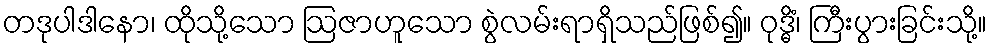
တဒုပါဒါနော၊ ထိုသို့သော ဩဇာဟူသော စွဲလမ်းရာရှိသည်ဖြစ်၍။ ဝုဒ္ဓိံ၊ ကြီးပွားခြင်းသို့။